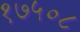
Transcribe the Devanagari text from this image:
१७५०८